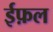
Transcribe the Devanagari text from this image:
ईफ़ल